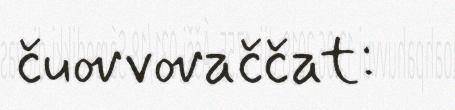
čuovvovaččat: